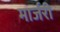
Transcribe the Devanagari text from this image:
मार्जरी